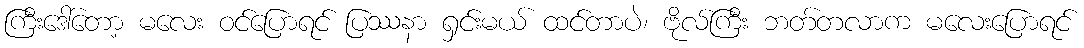
ကြီးဒေါ်တော့ မလေး ဝင်ပြောရင် ပြဿနာ ရှင်းမယ် ထင်တာပဲ၊ ဗိုလ်ကြီး ဘတ်တလာက မလေးပြောရင်